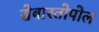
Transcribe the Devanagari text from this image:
सेबास्तोपोल